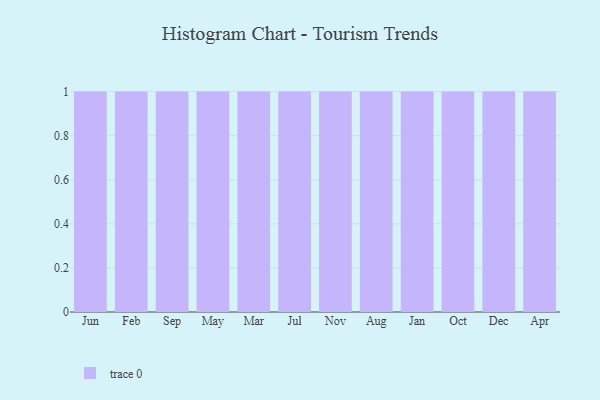
{"axis": {"x": "Month", "y": "Humidity (%)"}, "legend": [""], "data": [{"x": "Jun", "y": 65, "type": ""}, {"x": "Feb", "y": 71, "type": ""}, {"x": "Sep", "y": 15, "type": ""}, {"x": "May", "y": 48, "type": ""}, {"x": "Mar", "y": 99, "type": ""}, {"x": "Jul", "y": 79, "type": ""}, {"x": "Nov", "y": 95, "type": ""}, {"x": "Aug", "y": 32, "type": ""}, {"x": "Jan", "y": 10, "type": ""}, {"x": "Oct", "y": 85, "type": ""}, {"x": "Dec", "y": 39, "type": ""}, {"x": "Apr", "y": 62, "type": ""}]}